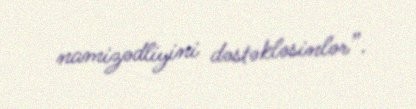
namizədliyini dəstəkləsinlər”.